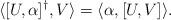
LaTeX: \begin{align*}\langle [U, \alpha]^\dagger , V \rangle = \langle \alpha, [U,V] \rangle.\end{align*}